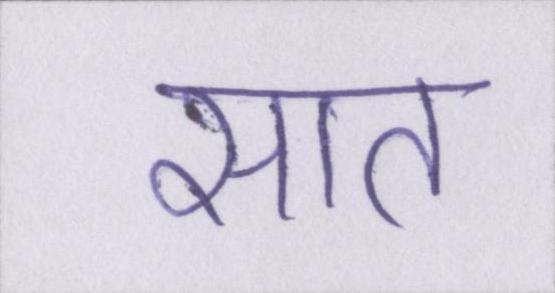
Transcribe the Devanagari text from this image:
सात